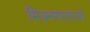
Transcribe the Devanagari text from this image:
मित्रनगरराज्ये